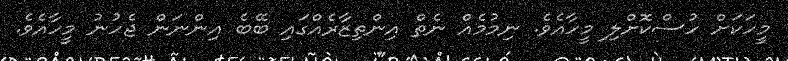
މީހަކަށް ހުސްކޮށްލި މީހާއެވެ. ނިމުމެއް ނެތް އިންތިޒާރެއްގައި ބޭބެ އިންނަން ޖެހުނު މީހާއެވެ.